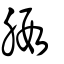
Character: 腵